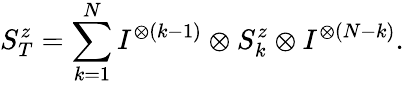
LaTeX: S_{T}^{z}=\sum_{k=1}^{N}I^{\otimes(k-1)}\otimes S_{k}^{z}\otimes I^{\otimes(N-k)}.